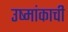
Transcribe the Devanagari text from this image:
उष्मांकाची